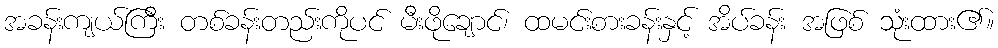
အခန်းကျယ်ကြီး တစ်ခန်းတည်းကိုပင် မီးဖိုချောင်၊ ထမင်းစားခန်းနှင့် အိပ်ခန်း အဖြစ် သုံးထား၏။